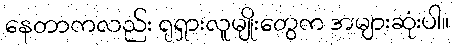
နေတာကလည်း ရုရှားလူမျိုးတွေက အများဆုံးပါ။